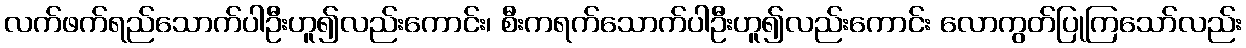
လက်ဖက်ရည်သောက်ပါဦးဟူ၍လည်းကောင်း၊ စီးကရက်သောက်ပါဦးဟူ၍လည်းကောင်း လောကွတ်ပြုကြသော်လည်း